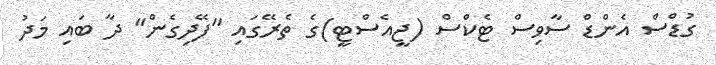
ގުޑްސް އެންޑް ސާވިސް ޓެކްސް (ޖީއެސްޓީ)ގެ ތެރޭގައި "ފޭދިގެން" ދާ ބައި މަދު